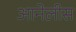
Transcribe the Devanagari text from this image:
आनेलीस